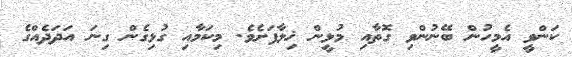
ކަންވީ އެމީހުން ބޭނުންވި ގޮތާއި މުޅީން ޚިލާފަށެވެ. މިކަމާއި ގުޅިގެން ގިނަ އަދަދެއްގެ